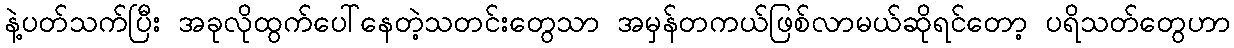
နဲ့ပတ်သက်ပြီး အခုလိုထွက်ပေါ်နေတဲ့သတင်းတွေသာ အမှန်တကယ်ဖြစ်လာမယ်ဆိုရင်တော့ ပရိသတ်တွေဟာ